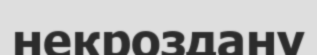
некроздану